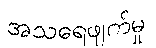
အသရေဖျက်မှု